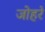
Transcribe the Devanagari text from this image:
जोहरे